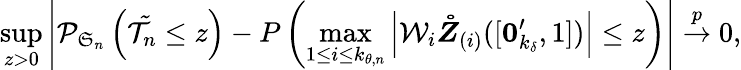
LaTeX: \operatorname*{sup}_{z>0}\left\vert\mathcal{P}_{\mathfrak{S}_{n}}\left(\mathcal{\tilde{T}}_{n}\leq z\right)-P\left(\max_{1\leq i\leq k_{\theta,n}}\left\vert\mathcal{W}_{i}\boldsymbol{\mathring{Z}}_{(i)}([\boldsymbol{0}_{k_{\delta}}^{\prime},1])\right\vert\leq z\right)\right\vert\overset{p}{\rightarrow}0,